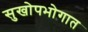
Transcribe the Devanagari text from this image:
सुखोपभोगात